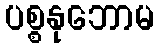
ပစ္စနုဘောမ